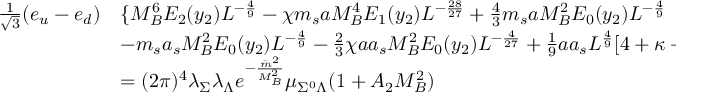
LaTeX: \begin{array} { l l } { { { \frac { 1 } { \sqrt { 3 } } } ( e _ { u } - e _ { d } ) } } & { { \{ M _ { B } ^ { 6 } E _ { 2 } ( y _ { 2 } ) L ^ { - \frac { 4 } { 9 } } - \chi m _ { s } a M _ { B } ^ { 4 } E _ { 1 } ( y _ { 2 } ) L ^ { - \frac { 2 8 } { 2 7 } } + { \frac { 4 } { 3 } } m _ { s } a M _ { B } ^ { 2 } E _ { 0 } ( y _ { 2 } ) L ^ { - \frac { 4 } { 9 } } } } \\ { { } } & { { - m _ { s } a _ { s } M _ { B } ^ { 2 } E _ { 0 } ( y _ { 2 } ) L ^ { - \frac { 4 } { 9 } } - { \frac { 2 } { 3 } } \chi a a _ { s } M _ { B } ^ { 2 } E _ { 0 } ( y _ { 2 } ) L ^ { - \frac { 4 } { 2 7 } } + { \frac { 1 } { 9 } } a a _ { s } L ^ { \frac { 4 } { 9 } } [ 4 + \kappa - 2 \xi + { \frac { 3 } { 4 } } \chi m _ { 0 } ^ { 2 } L ^ { - \frac { 1 0 } { 9 } } ] \} } } \\ { { } } & { { = ( 2 \pi ) ^ { 4 } \lambda _ { \Sigma } \lambda _ { \Lambda } e ^ { - \frac { { \bar { m } } ^ { 2 } } { M _ { B } ^ { 2 } } } \mu _ { \Sigma ^ { 0 } \Lambda } ( 1 + A _ { 2 } M _ { B } ^ { 2 } ) } } \end{array}